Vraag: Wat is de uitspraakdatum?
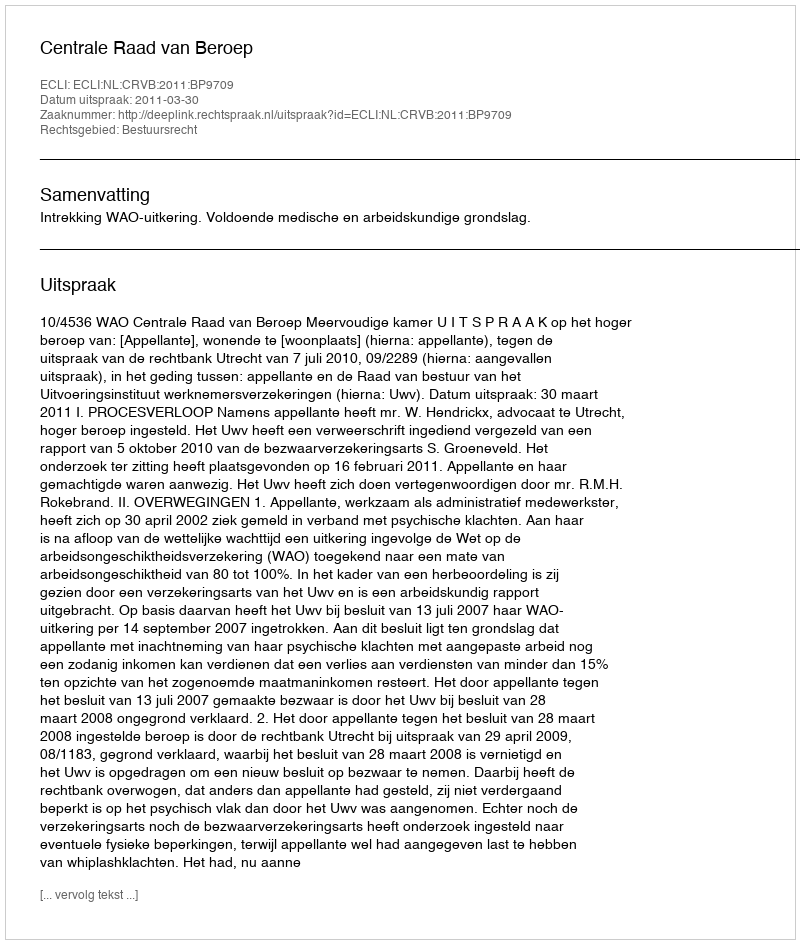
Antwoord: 2011-03-30